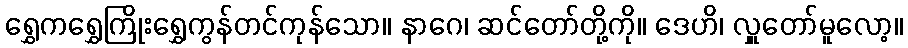
ရွှေကရွှေကြိုးရွှေကွန်တင်ကုန်သော။ နာဂေ၊ ဆင်တော်တို့ကို။ ဒေဟိ၊ လှူတော်မူလော့။